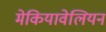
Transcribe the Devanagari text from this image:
मेकियावेलियन